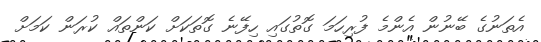
އެތަނުގެ ބޭނުން އެންމެ ފުރިހަމަ ގޮތުގައި ހިފޭނެ ގޮތަކަށް ކަންތައް ކުރަން ކަމަށް